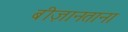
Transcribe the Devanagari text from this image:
बीज़ानताना